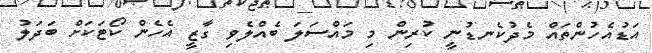
އަޑުއެހުންތައް މެދުކެނޑުނީ ކުރިން މި މައްސަލަ ބެއްލެވި ގާޒީ އެހެން ކޯޓަކަށް ބަދަލު